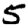
Digit: 5